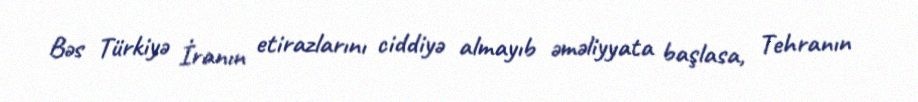
Bəs Türkiyə İranın etirazlarını ciddiyə almayıb əməliyyata başlasa, Tehranın